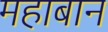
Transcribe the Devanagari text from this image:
महाबान